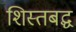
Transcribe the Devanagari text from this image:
शिस्तबद्घ